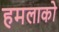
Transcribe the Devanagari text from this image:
हमलाको